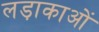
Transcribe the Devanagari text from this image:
लड़ाकाओं